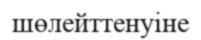
шөлейттенуіне